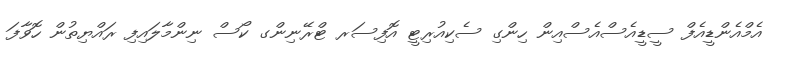
އެމްއެންޑީއެފް ސީޑީއެސްއެސްއިން ހިންގި ސެކިއުރިޓީ އޮފިސަރ ޓްރޭނިންގ ކޯސް ނިންމާލައިފި ރައްޔިތުން ހޮވާފަ